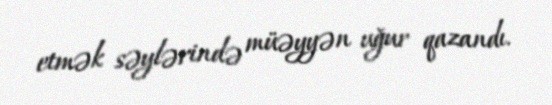
etmək səylərində müəyyən uğur qazandı.